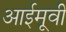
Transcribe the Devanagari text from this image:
आईमूवी